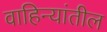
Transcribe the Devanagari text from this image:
वाहिन्यांतील